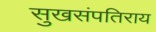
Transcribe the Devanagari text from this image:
सुखसंपतिराय